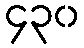
၄၃၀